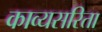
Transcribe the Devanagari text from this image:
काव्यसरिता